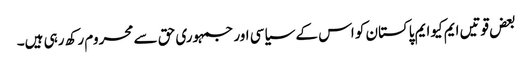
بعض قوتیں ایم کیوایم پاکستان کو اس کے سیاسی اور جمہوری حق سے محروم رکھ رہی ہیں۔